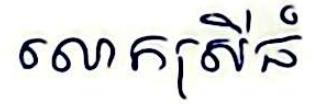
លោកស្រីធំ